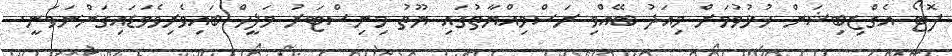
ފޮޓޯ އެގްޒިބިޝަން ހުޅުވުމަށް މިއަދު ބޭއްވި ރަސްމިއްޔާތުގައި ޔޫތު މިނިސްޓަރު މަލީހް ބައިވެރިވެވަޑައިގަންނަވަނީ.